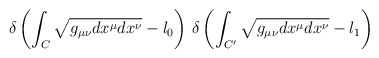
\begin{align*}\delta\left(\int_C\sqrt{g_{\mu\nu}dx^\mu dx^\nu}-l_0\right)\, \delta\left(\int_{C'}\sqrt{g_{\mu\nu}dx^\mu dx^\nu}-l_1\right)\end{align*}